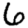
Digit: 6